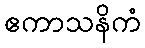
ဧကာသနိကံ